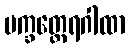
ပက္ခတ္ထေရဂါထာ